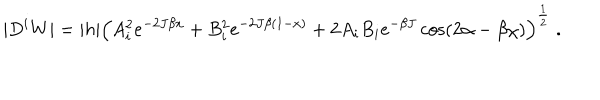
| D ^ { i } W | = | h | \Big ( A _ { i } ^ { 2 } e ^ { - 2 J \beta x } + B _ { i } ^ { 2 } e ^ { - 2 J \beta ( 1 - x ) } + 2 A _ { i } B _ { i } e ^ { - \beta J } \cos ( 2 \alpha - \beta \chi ) \Big ) ^ { \frac { 1 } { 2 } } \; .